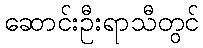
ဆောင်းဦးရာသီတွင်